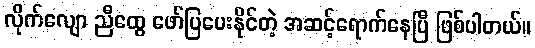
လိုက်လျော ညီထွေ ဖော်ပြပေးနိုင်တဲ့ အဆင့်ရောက်နေပြီ ဖြစ်ပါတယ်။